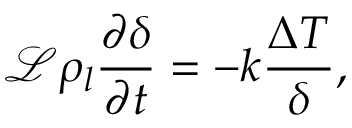
\mathcal { L } \rho _ { l } \frac { \partial \delta } { \partial t } = - k \frac { \Delta T } { \delta } ,